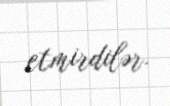
etmirdilər.